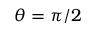
\theta = \pi / 2